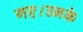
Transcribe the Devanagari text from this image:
गए।उनके